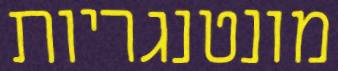
מונטנגריות